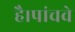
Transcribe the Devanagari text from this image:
है।पांचवे